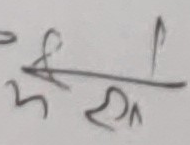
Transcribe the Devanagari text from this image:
प/मँद्य